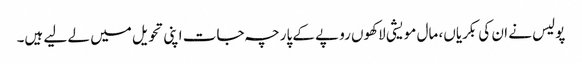
پولیس نے ان کی بکریاں، مال مویشی لاکھوں روپے کے پارچہ جات اپنی تحویل میں لے لیے ہیں۔